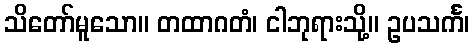
သိတော်မူသော။ တထာဂတံ၊ ငါဘုရားသို့။ ဥပသင်္က၊